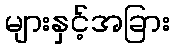
များနှင့်အခြား